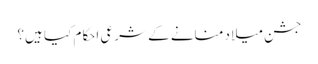
جشن میلاد منانے کے شرعی احکام کیا ہیں؟